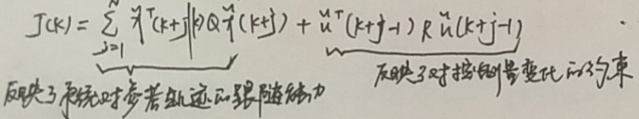
\[J(k)=\sum_{j = 1}^{\infty}\tilde{\boldsymbol{\chi}}^{\mathrm{T}}(k + j)\boldsymbol{Q}\tilde{\boldsymbol{\chi}}(k + j)+\tilde{\breve{\boldsymbol{u}}}^{\mathrm{T}}(k + j - 1)\boldsymbol{R}\tilde{\breve{\boldsymbol{u}}}(k + j - 1)\]
式反映了系统对参考轨迹的跟踪能力，反映了对控制量变化的约束。